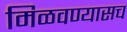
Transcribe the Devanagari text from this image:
मिळवण्यासच